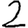
Digit: 2